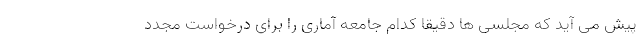
پیش می آید که مجلسی ها دقیقا کدام جامعه آماری را برای درخواست مجدد